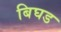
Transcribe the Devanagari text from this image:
बिघड